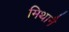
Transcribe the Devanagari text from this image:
मिथानै